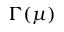
\Gamma ( \mu )